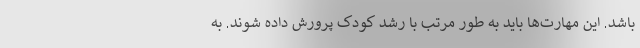
باشد. این مهارت‌ها باید به طور مرتب با رشد کودک پرورش داده شوند. به